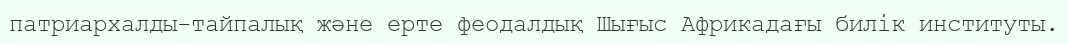
патриархалды-тайпалық және ерте феодалдық Шығыс Африкадағы билік институты.